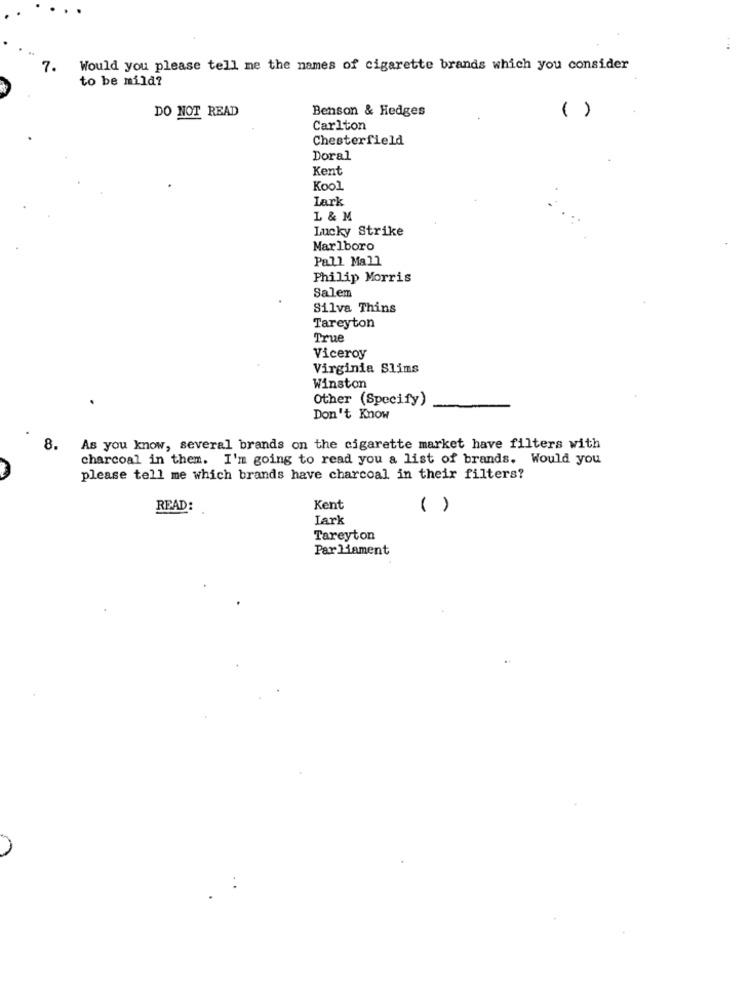
7.
Would you please tell me the names of cigarette brands which you consider
to be mild?
DO NOT READ
Benson & Hedges
( )
Carlton
Chesterfield
Doral
Kent
Kool
Lark
L & M
Lucky Strike
Marlboro
Pall Mall
Philip Morris
Salem
Silva Thins
Tareyton
True
Viceroy
Virginia Slims
Winston
Other (Specify)
Don't Know
8.
As you know, several brands on the cigarette market have filters with
charcoal in them. I'm going to read you a list of brands. Would you
please tell me which brands have charcoal in their filters?
READ:
Kent
( )
Lark
Tareyton
Par lament